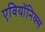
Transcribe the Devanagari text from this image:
एवियॉनिक्स